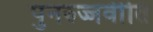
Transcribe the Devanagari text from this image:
पुनरुज्जवीति